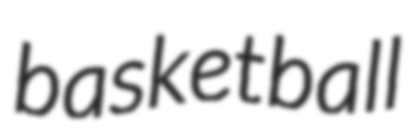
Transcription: basketball